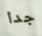
جدا